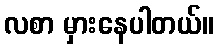
လစာ မှားနေပါတယ်။